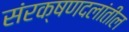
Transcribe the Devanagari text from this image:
संरक्षणदलांतील